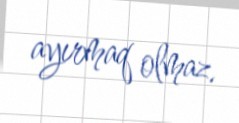
ayırmaq olmaz.